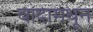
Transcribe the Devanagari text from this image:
वादामधून